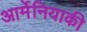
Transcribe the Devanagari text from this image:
आर्मेनियाकी